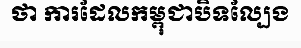
ថា ការដែលកម្ពុជាបិទល្បែង